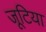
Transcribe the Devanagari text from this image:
जूटिया